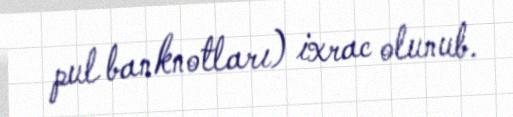
pul banknotları) ixrac olunub.